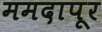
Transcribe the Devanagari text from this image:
ममदापूर